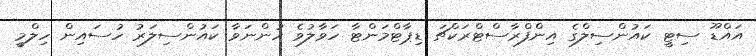
އައްޑޫ ސިޓީ ކައުންސިލްގެ އިންފްރާސްޓްރަކްޗަ ޑިޕާޓްމަންޓާ ހަވާލުވެ ހުންނަވާ ކައުންސިލަރު ހުސައިން ހިލްމީ